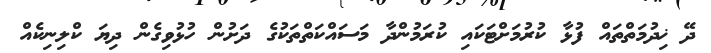
ދޭ ޚިދުމަތްތައް ފުޅާ ކުރުމަށްޓަކައި ކުރަމުންދާ މަސައްކަތްތަކުގެ ދަށުން ހުޅުވިގެން ދިޔަ ކްލިނިކެއް